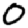
Digit: 0